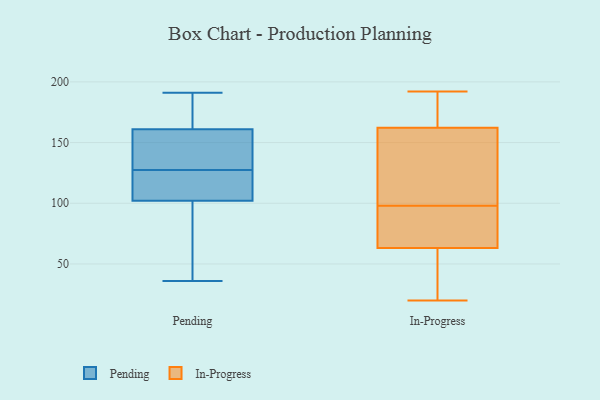
{"axis": {"x": "Gross Profit (USD K)", "y": "Value"}, "legend": ["In-Progress", "Pending"], "data": [{"x": "", "y": 92, "type": "Pending"}, {"x": "", "y": 114, "type": "Pending"}, {"x": "", "y": 150, "type": "Pending"}, {"x": "", "y": 138, "type": "Pending"}, {"x": "", "y": 191, "type": "Pending"}, {"x": "", "y": 36, "type": "Pending"}, {"x": "", "y": 117, "type": "Pending"}, {"x": "", "y": 172, "type": "Pending"}, {"x": "", "y": 154, "type": "Pending"}, {"x": "", "y": 168, "type": "Pending"}, {"x": "", "y": 91, "type": "Pending"}, {"x": "", "y": 112, "type": "Pending"}, {"x": "", "y": 68, "type": "In-Progress"}, {"x": "", "y": 20, "type": "In-Progress"}, {"x": "", "y": 66, "type": "In-Progress"}, {"x": "", "y": 192, "type": "In-Progress"}, {"x": "", "y": 184, "type": "In-Progress"}, {"x": "", "y": 120, "type": "In-Progress"}, {"x": "", "y": 20, "type": "In-Progress"}, {"x": "", "y": 169, "type": "In-Progress"}, {"x": "", "y": 71, "type": "In-Progress"}, {"x": "", "y": 114, "type": "In-Progress"}, {"x": "", "y": 160, "type": "In-Progress"}, {"x": "", "y": 55, "type": "In-Progress"}, {"x": "", "y": 98, "type": "In-Progress"}]}